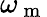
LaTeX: \omega_{\mathrm{~m~}}